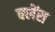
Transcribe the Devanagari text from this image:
क्लेंस